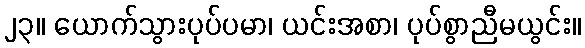
၂၃။ ယောက်သွားပုပ်ပမာ၊ ယင်းအစာ၊ ပုပ်စွာညီမယွင်း။